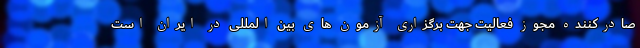
صادرکننده مجوز فعالیت جهت برگزاری آزمون های بین المللی در ایران است